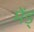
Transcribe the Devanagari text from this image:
मेंड्